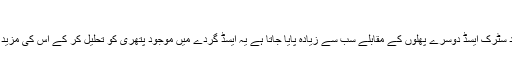
گُردے کی صفائی
لیموں پانی میں موجود سِٹرک ایسڈ دوسرے پھلوں کے مقابلے سب سے زیادہ پایا جاتا ہے یہ ایسڈ گردے میں موجود پتھری کو تحلیل کر کے اس کی مزید افزائش کو روکتا ہے۔